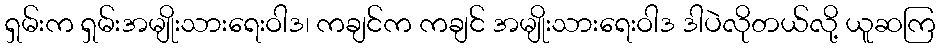
ရှမ်းက ရှမ်းအမျိုးသားရေးဝါဒ၊ ကချင်က ကချင် အမျိုးသားရေးဝါဒ ဒါပဲလိုတယ်လို့ ယူဆကြ